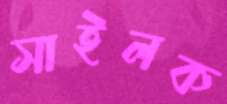
সাইলক